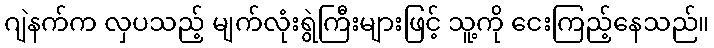
ဂျဲနက်က လှပသည့် မျက်လုံးရွဲကြီးများဖြင့် သူ့ကို ငေးကြည့်နေသည်။